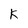
Character: k